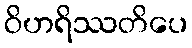
ဝိဟရိဿတိပေ